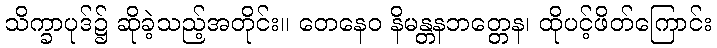
သိက္ခာပုဒ်၌ ဆိုခဲ့သည့်အတိုင်း။ တေနေဝ နိမန္တနဘတ္တေန၊ ထိုပင့်ဖိတ်ကြောင်း